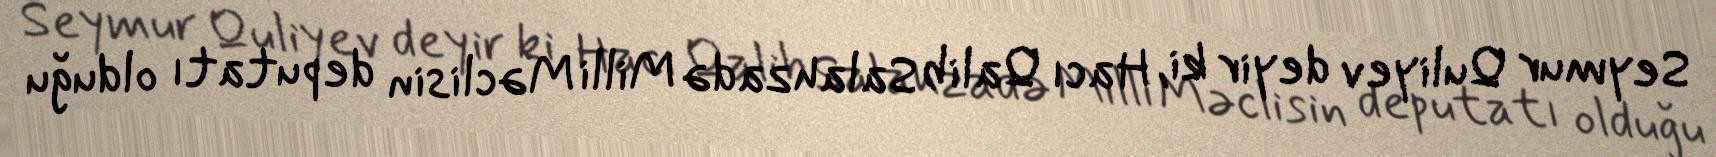
Seymur Quliyev deyir ki, Hacı Qalib Salahzadə Milli Məclisin deputatı olduğu